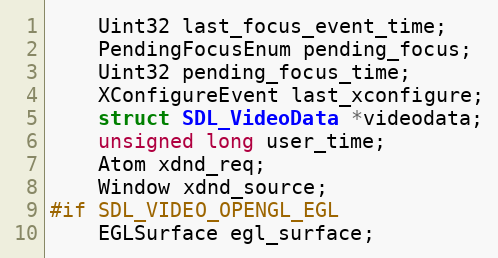
Language: C
    Uint32 last_focus_event_time;
    PendingFocusEnum pending_focus;
    Uint32 pending_focus_time;
    XConfigureEvent last_xconfigure;
    struct SDL_VideoData *videodata;
    unsigned long user_time;
    Atom xdnd_req;
    Window xdnd_source;
#if SDL_VIDEO_OPENGL_EGL
    EGLSurface egl_surface;